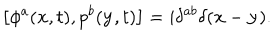
\left[ \phi ^ { a } ( { \bf x } , t ) , p ^ { b } ( { \bf y } , t ) \right] = i \delta ^ { a b } \delta ( { \bf x } - { \bf y } ) .